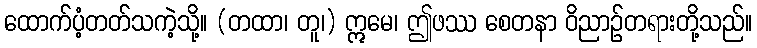
ထောက်ပံ့တတ်သကဲ့သို့။ (တထာ၊ တူ၊) ဣမေ၊ ဤဖဿ စေတနာ ဝိညာဉ်တရားတို့သည်။